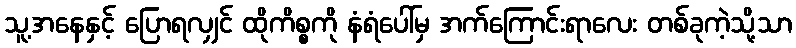
သူ့အနေနှင့် ပြောရလျှင် ထိုကိစ္စကို နံရံပေါ်မှ အက်ကြောင်းရာလေး တစ်ခုကဲ့သို့သာ